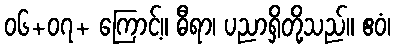
၀၆+၀၇+ ကြောင့်။ ဓီရာ၊ ပညာရှိတို့သည်။ ဧဝံ၊